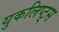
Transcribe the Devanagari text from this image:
युकलिप्ट्स